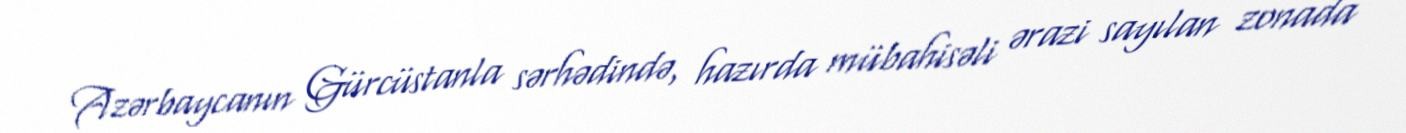
Azərbaycanın Gürcüstanla sərhədində, hazırda mübahisəli ərazi sayılan zonada